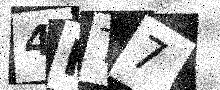
Text: 4FT7